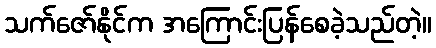
သက်ဇော်နိုင်က အကြောင်းပြန်စေခဲ့သည်တဲ့။